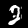
Digit: 2